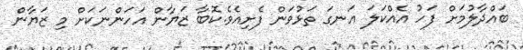
ބައްދާލުމަށް ފަހު އެއްކަލަ އަނގަ ތަޅުވަން ފެށިއެވެ.ކޮބާ ޒަޔާން އަހަންނަކަށް މި ޒަޔާން